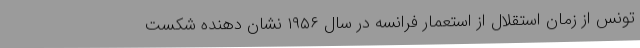
تونس از زمان استقلال از استعمار فرانسه در سال ۱۹۵۶ نشان دهنده شکست